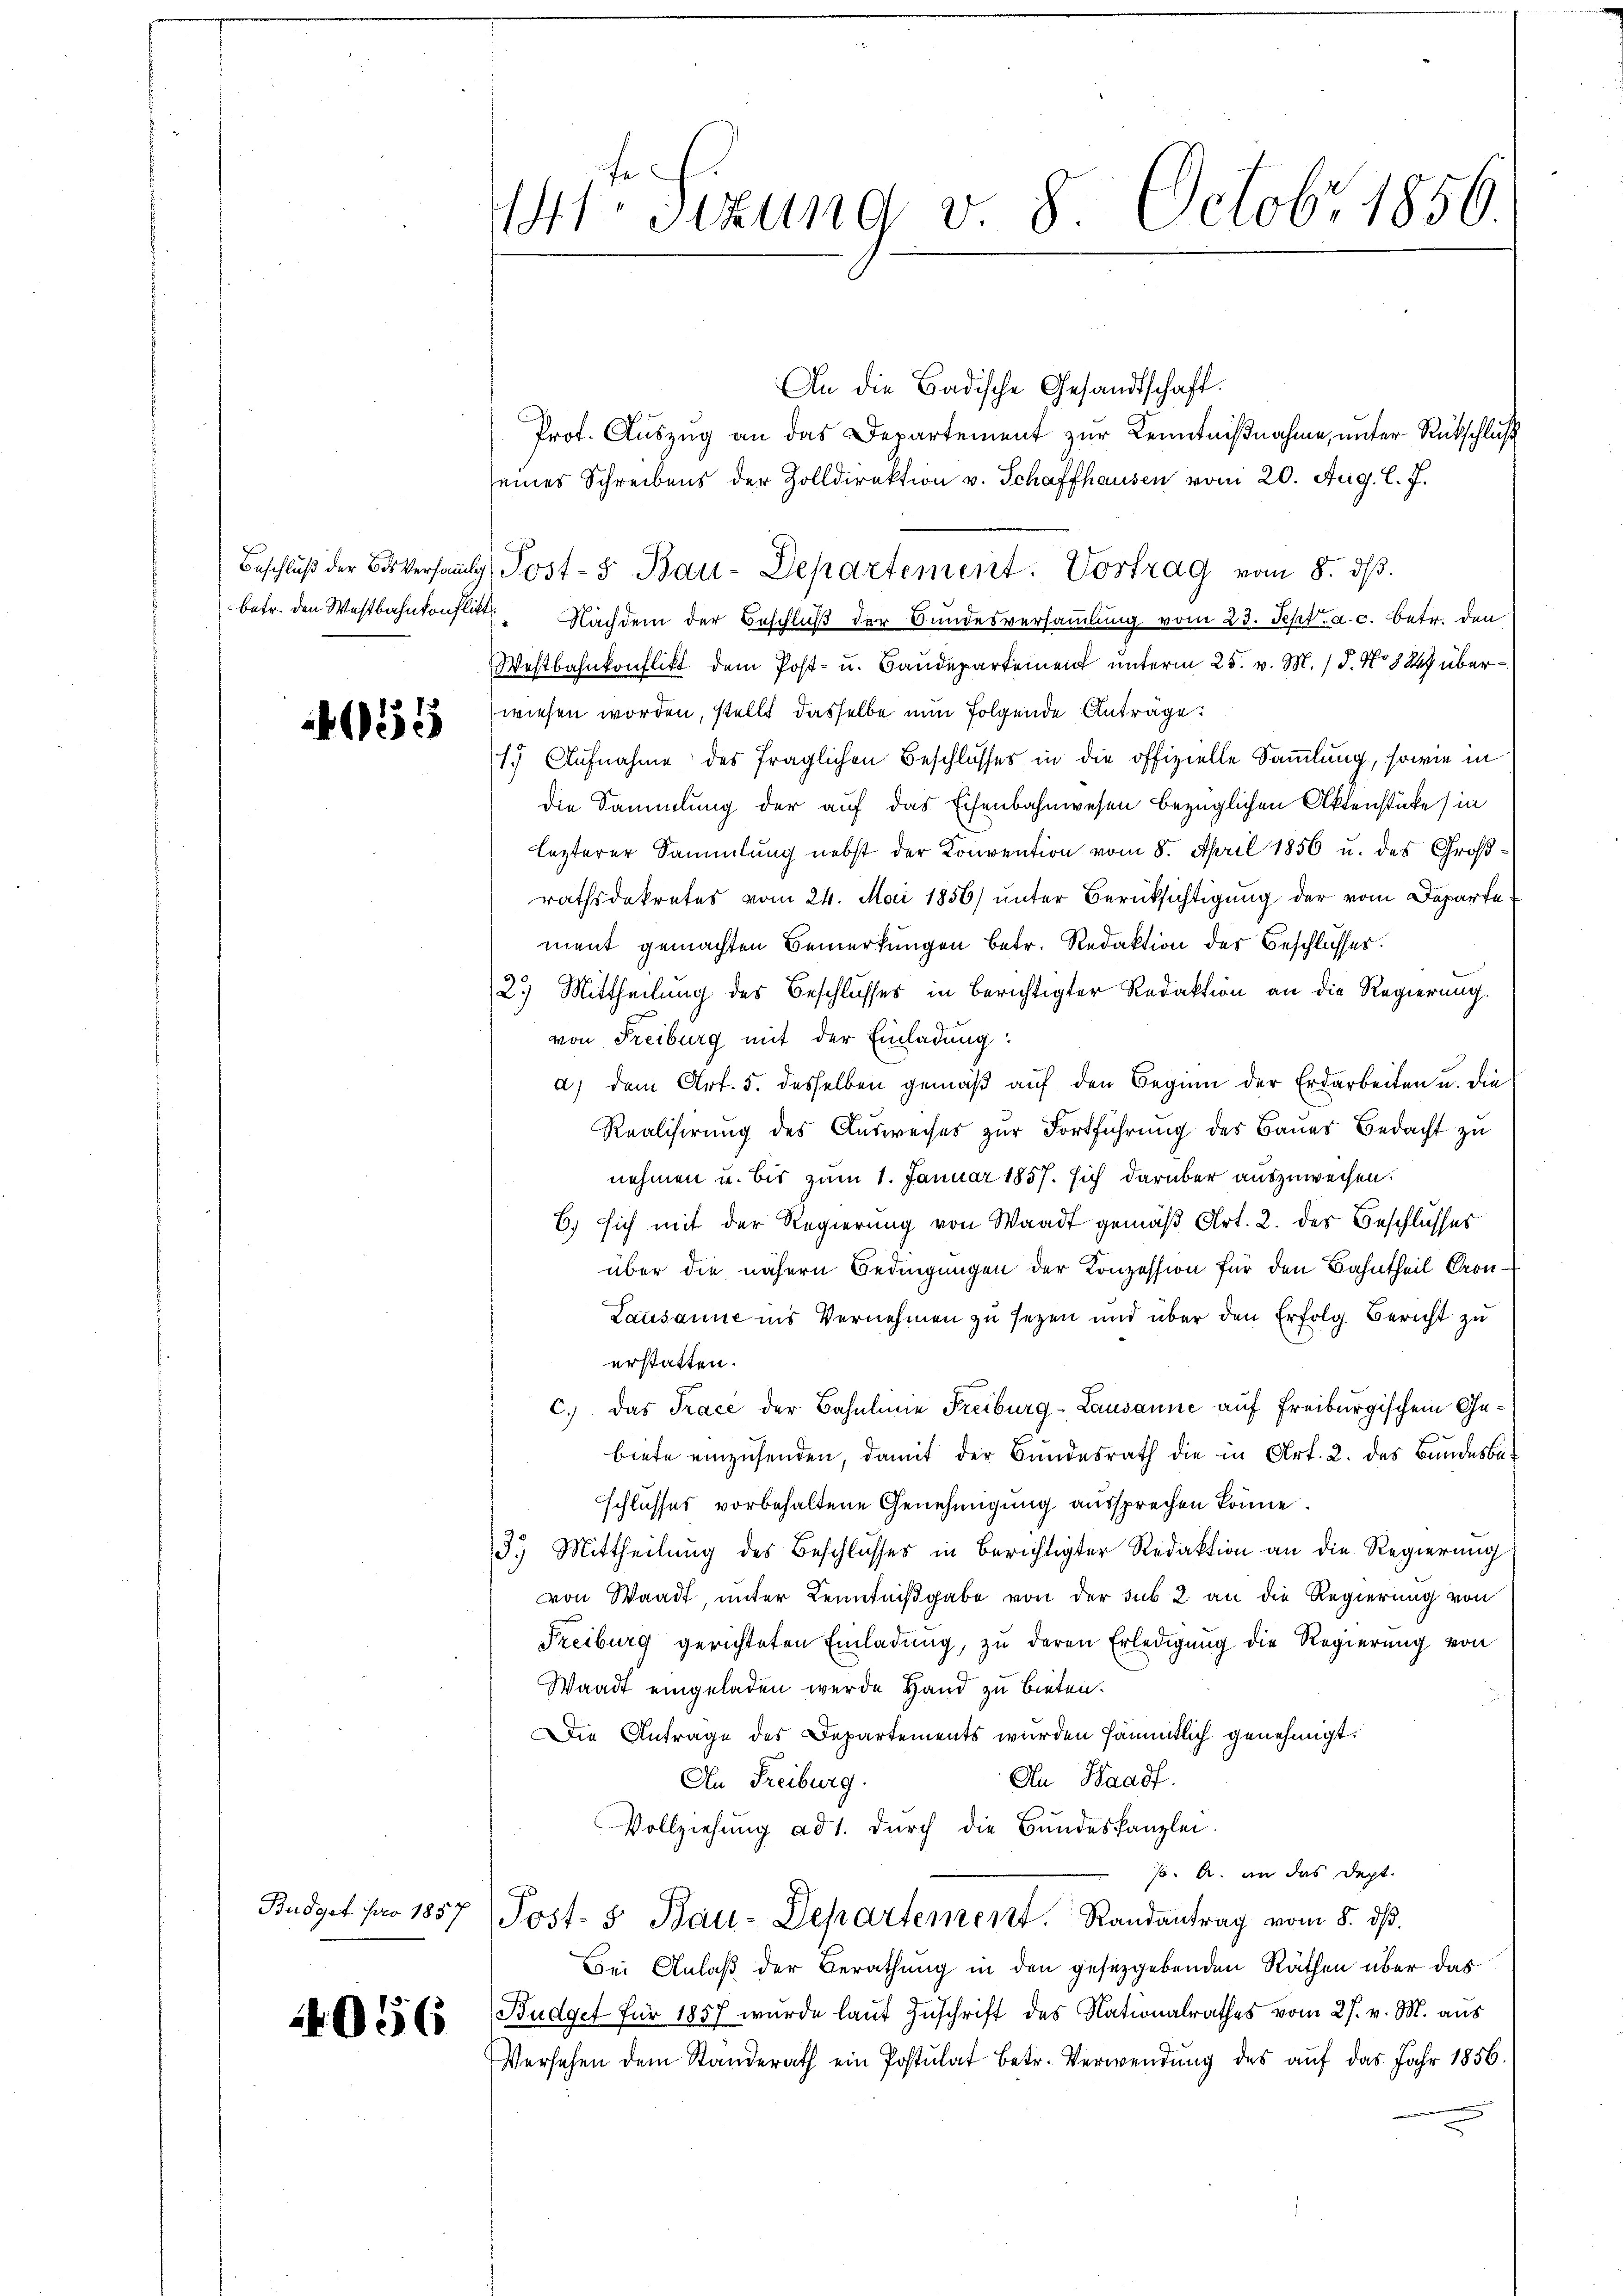
Beschluß der Bos versammlich
betr. den Westbahnkonflikt

555

Budget pro 1857

056

44ter Sizung v. 8. Octobr 1856

An die Badische Gesandtschaft.
Prot. Auszug an das Departement zur Kenntnißnahme, unter Rückschluß
seines Schreibens der Zolldirektion v. Schaffhausen vom 20. Aug. l. J.
Nachdem der Beschluß der Bundesversammlung vom 23. Sept. a. c. betr. den
Westbahnkonflikt dem Post- u. Baudepartement unterm 25. v. M. / 5. No 32 überwiesen worden, stellt dasselbe nun folgende Antrage:
(1. Aufnahme des fraglichen Beschlusses in die offizielle Sammlung, sowie in
Die Sammlung der auf das Eisenbahnwesen bezüglichen Aktenstücke (in
lezterer Sammlung nebst der Convention vom 8. April 1856 u. des Großrathsdekretes vom 24. Mai 1856) unter Berüksichtigung der vom Departe
ment gemachten Bemerkungen betr. Redaktion der Beschlusses.
2.) Mittheilung des Beschlusses in Berichtigter Redaktion an die Regierung.
von Freiburg mit der Einladung:
a) dem Art. 5. desselben gemäß auf den Beginn der Erdarbeiten u. die
Realisirung des Ausweises zur Fortführung des Baues Bedacht zu
nehmen u. bis zum 1. Januar 1857. sich darüber auszuweisen.
6) sich mit der Regierung von Waadt gemäß Art. 2. der Beschlusses
über die nähern Bedingungen der Konzession für den Bahntheil Pron¬
Lausanne ins Vernehmen zu sezen und über den Erfolg Bericht zu
erstatten.
C.) Das Trace der Bahnline Freiburg-Lausanne auf Freiburgischem Gebiete einzusenden, damit der Bundesrath die in Art. 2. des Bundesbeschlusses vorbehaltene Genehmigung aussprechen könne.
3.) Mittheilung des Beschlusses in Berichtigter Redaktion an die Regierung
von Waadt, unter Kenntnißgabe von der sub 2 an die Regierung von
Freiburg gerichteten Einladung, zu deren Erledigung die Regierung von
Waadt eingeladen wurde Hand zu bieten.
Die Antrage des Departements wurden sämmtlich genehmigt.
An Waadt.
An Freiburg.
Vollziehung ad 1. durch die Bundeskanzlei.
J. A. an das Dept.
Post- & Bau-Departement. Randantrag vom 8. dβ.
Bei Anlaß der Berathung in den gesetzgebenden Räthen über das
Budget für 1857 wurde laut Zuschrift des Nationalrathes vom 27. v. M. aus
Versehen dem Standerath ein Postulat betr. Verwendung des auf das Jahr 1856.

Post- & Bau-Departement. Vortrag vom 8. dβ.